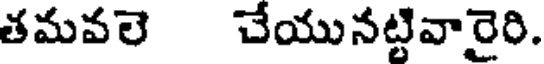
తమవలె చేయునట్టివారైరి.